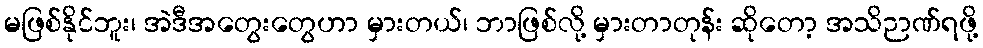
မဖြစ်နိုင်ဘူး၊ အဲဒီအတွေးတွေဟာ မှားတယ်၊ ဘာဖြစ်လို့ မှားတာတုန်း ဆိုတော့ အသိဉာဏ်ရဖို့